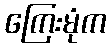
ကြေးမုံက